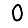
Digit: 0